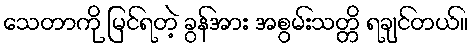
သေတာကို မြင်ရတဲ့ ခွန်အား အစွမ်းသတ္တိ ရချင်တယ်။